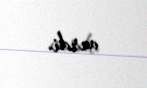
verdi.